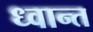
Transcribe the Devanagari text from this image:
ध्वान्त